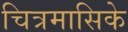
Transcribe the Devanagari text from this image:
चित्रमासिके